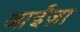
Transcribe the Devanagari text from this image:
आईंज़ा